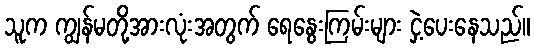
သူက ကျွန်မတို့အားလုံးအတွက် ရေနွေးကြမ်းများ ငှဲ့ပေးနေသည်။